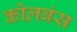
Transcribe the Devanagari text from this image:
कोलबंस